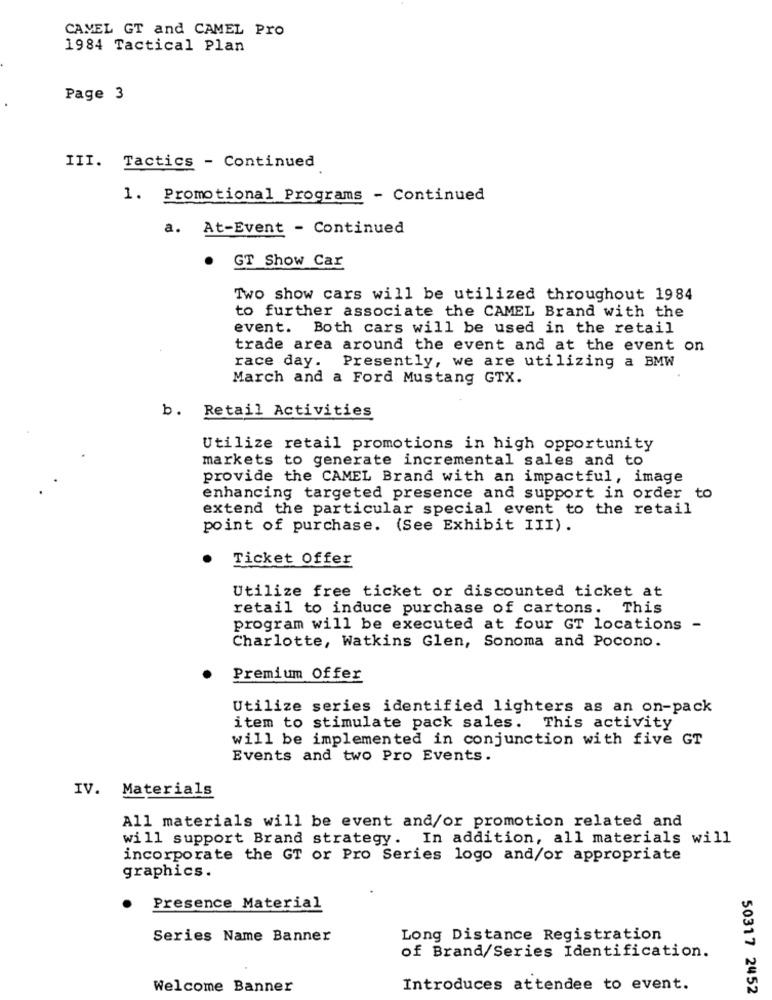
CAMEL GT and CAMEL Pro
1984 Tactical Plan
Page 3
III. Tactics - Continued
1. Promotional Programs - Continued
a. At-Event - Continued
.
GT Show Car
Two show cars will be utilized throughout 1984
to further associate the CAMEL Brand with the
event. Both cars will be used in the retail
trade area around the event and at the event on
race day. Presently, we are utilizing a BMW
March and a Ford Mustang GTX.
b. Retail Activities
Utilize retail promotions in high opportunity
markets to generate incremental sales and to
provide the CAMEL Brand with an impactful, image
enhancing targeted presence and support in order to
extend the particular special event to the retail
point of purchase. (See Exhibit III).
Ticket Offer
Utilize free ticket or discounted ticket at
retail to induce purchase of cartons. This
program will be executed at four GT locations -
Charlotte, Watkins Glen, Sonoma and Pocono.
Premium Offer
Utilize series identified lighters as an on-pack
item to stimulate pack sales. This activity
will be implemented in conjunction with five GT
Events and two Pro Events.
IV. Materials
All materials will be event and/or promotion related and
will support Brand strategy. In addition, all materials will
incorporate the GT or Pro Series logo and/or appropriate
graphics.
Presence Material
Series Name Banner
Long Distance Registration
of Brand/Series Identification.
Welcome Banner
Introduces attendee to event.
50317 2452